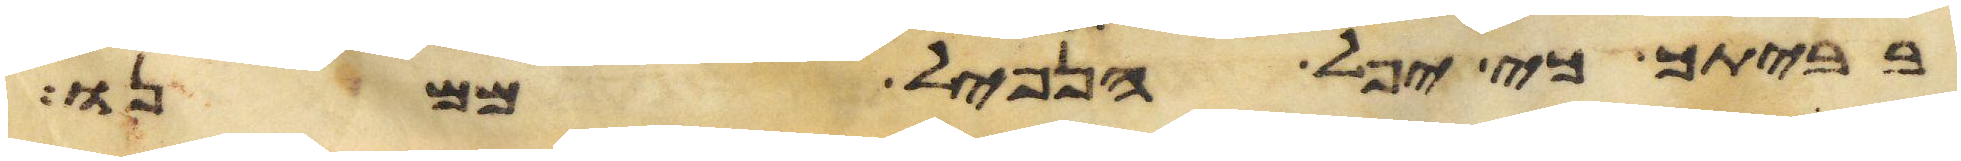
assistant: בביתך כי יפל הנפל ממנו